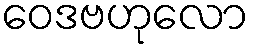
ဝေဒဗဟုလော